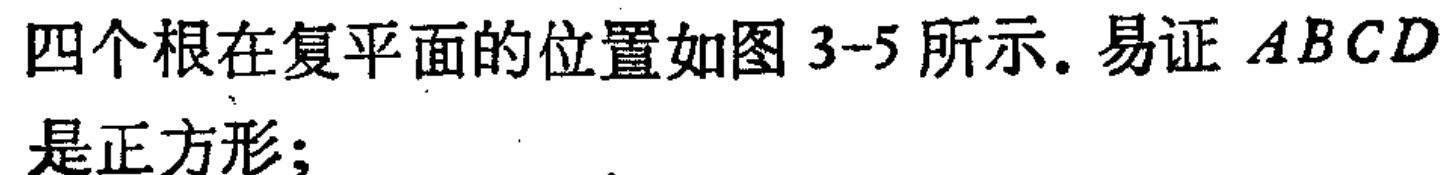
四个根在复平面的位置如图 3-5 所示. 易证 \(ABCD\)是正方形；